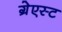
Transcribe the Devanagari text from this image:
ग्रेएस्ट